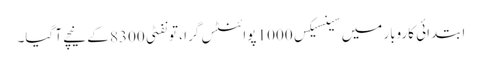
ابتدائی کاروبار میں سینسیکس 1000 پوائنٹس گرا ، تو نفٹی 8300 کے نیچے آ گیا۔